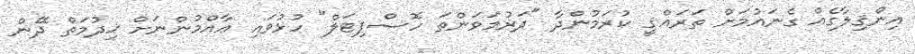
އިންޤިލާގެއް ގެނައުމަށް ތަރައްޤީ ކުރަމުންދާ "ދަރުމަވަންތަ ހޮސްޕިޓަލް" ހުޅުވައި ޢާއްމުންނަށް ޚިދުމަތް ދޭން